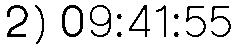
2) 09:41:55